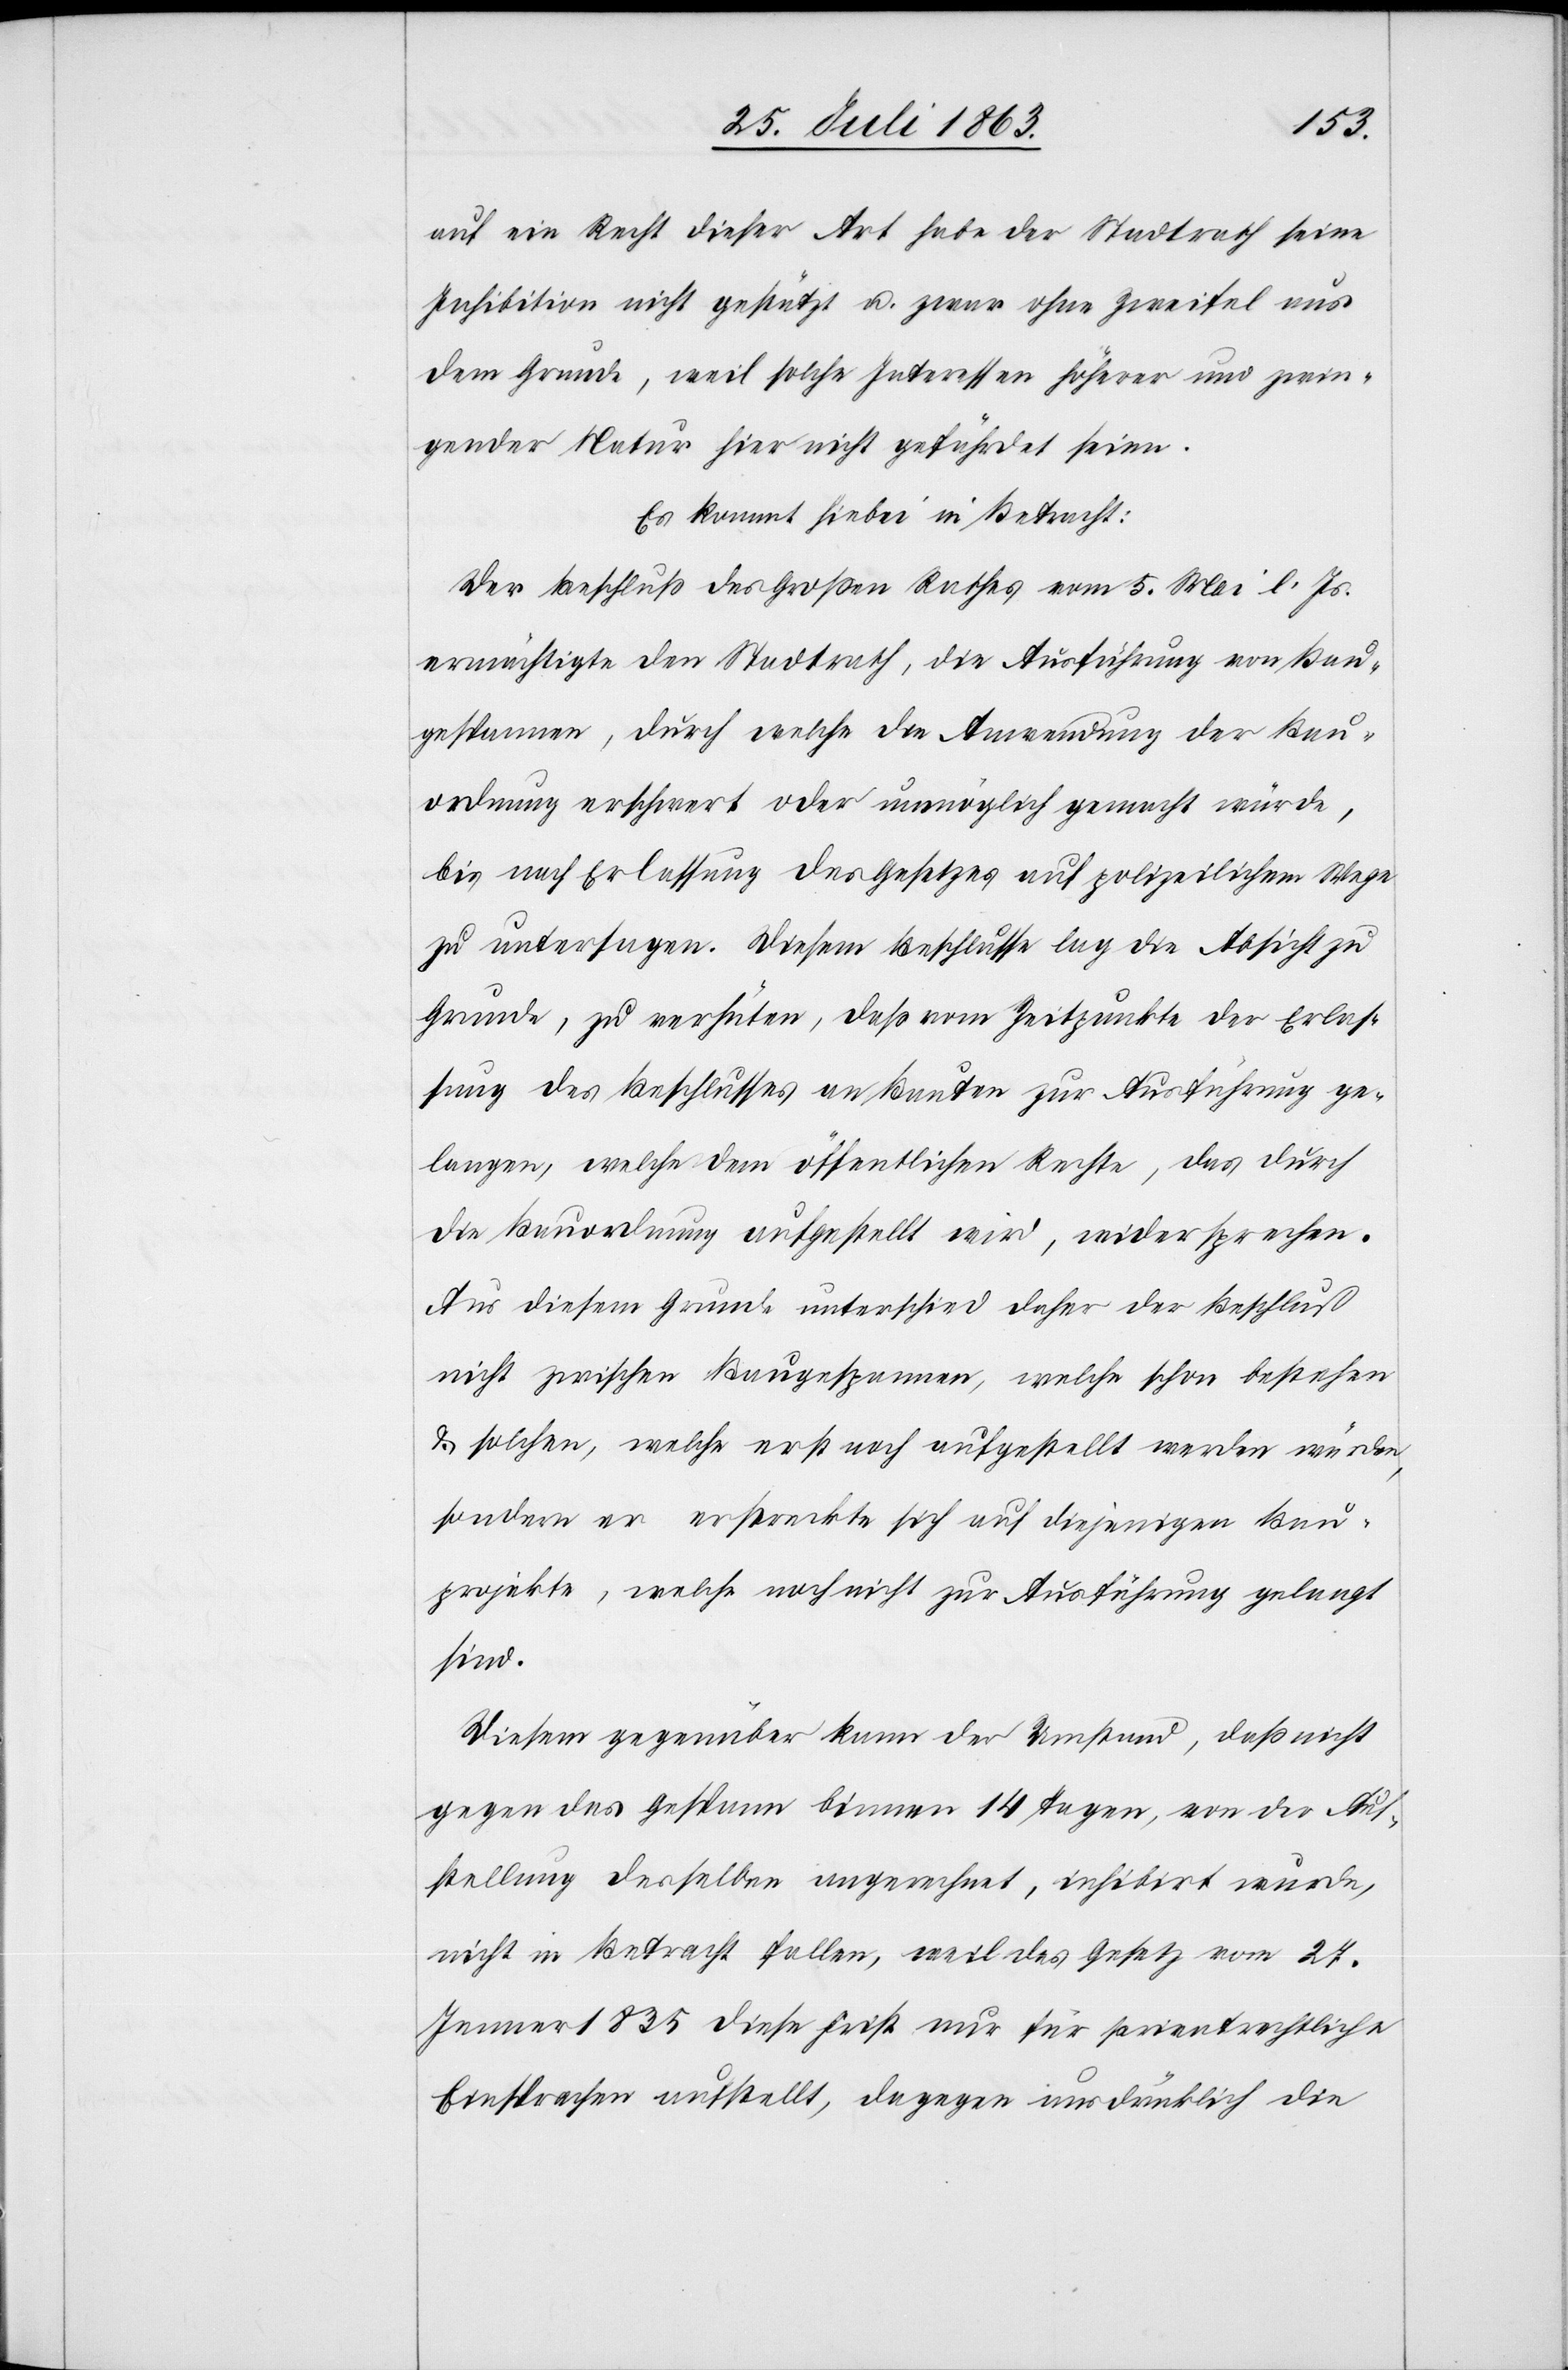
auf ein Recht dieser Art habe der Stadtrath seine
Inhibition nicht gestützt u. zwar ohne Zweifel aus
dem Grunde, weil solche Interessen höherer und zwin¬
gender Natur hier nicht gefährdet seien.
Es kommt hiebei in Betracht:
Der Beschluß des Großen Rathes vom 5. Mai l. Js.
ermächtigte den Stadtrath, die Ausführung von Bau¬
gespannen, durch welche die Anwendung der Bau¬
ordnung erschwert oder unmöglich gemacht würde,
bis nach Erlassung des Gesetzes auf polizeilichem Wege
zu untersagen. Diesem Beschlusse lag die Absicht zu
Grunde, zu verhüten, daß vom Zeitpunkte der Erlas¬
sung des Beschlusses an Bauten zur Ausführung ge¬
langen, welche dem öffentlichen Rechte, das durch
die Bauordnung aufgestellt wird, widersprechen.
Aus diesem Grunde unterschied daher der Beschluß
nicht zwischen Baugespannen, welche schon bestehen
& solchen, welche erst noch aufgestellt werden würden,
sondern er erstreckte sich auf diejenigen Bau¬
projekte, welche noch nicht zur Ausführung gelangt
sind.
Diesem gegenüber kann der Umstand, daß nicht
gegen das Gespann binnen 14 Tagen, von der Auf¬
stellung desselben angerechnet, inhibirt wurde,
nicht in Betracht fallen, weil das Gesetz vom 27.
Jenner 1835 diese Frist nur für privatrechtliche
Einsprachen aufstellt, dagegen ausdrücklich die